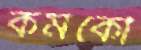
কর্মকৌ